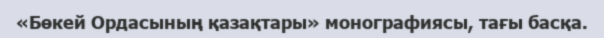
«Бөкей Ордасының қазақтары» монографиясы, тағы басқа.